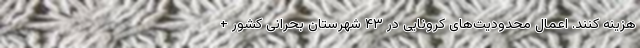
هزینه کنند. اعمال محدودیت‌های کرونایی در ۴۳ شهرستان بحرانی کشور +